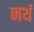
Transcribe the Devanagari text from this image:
नर्थ